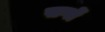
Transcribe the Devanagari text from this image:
सगों